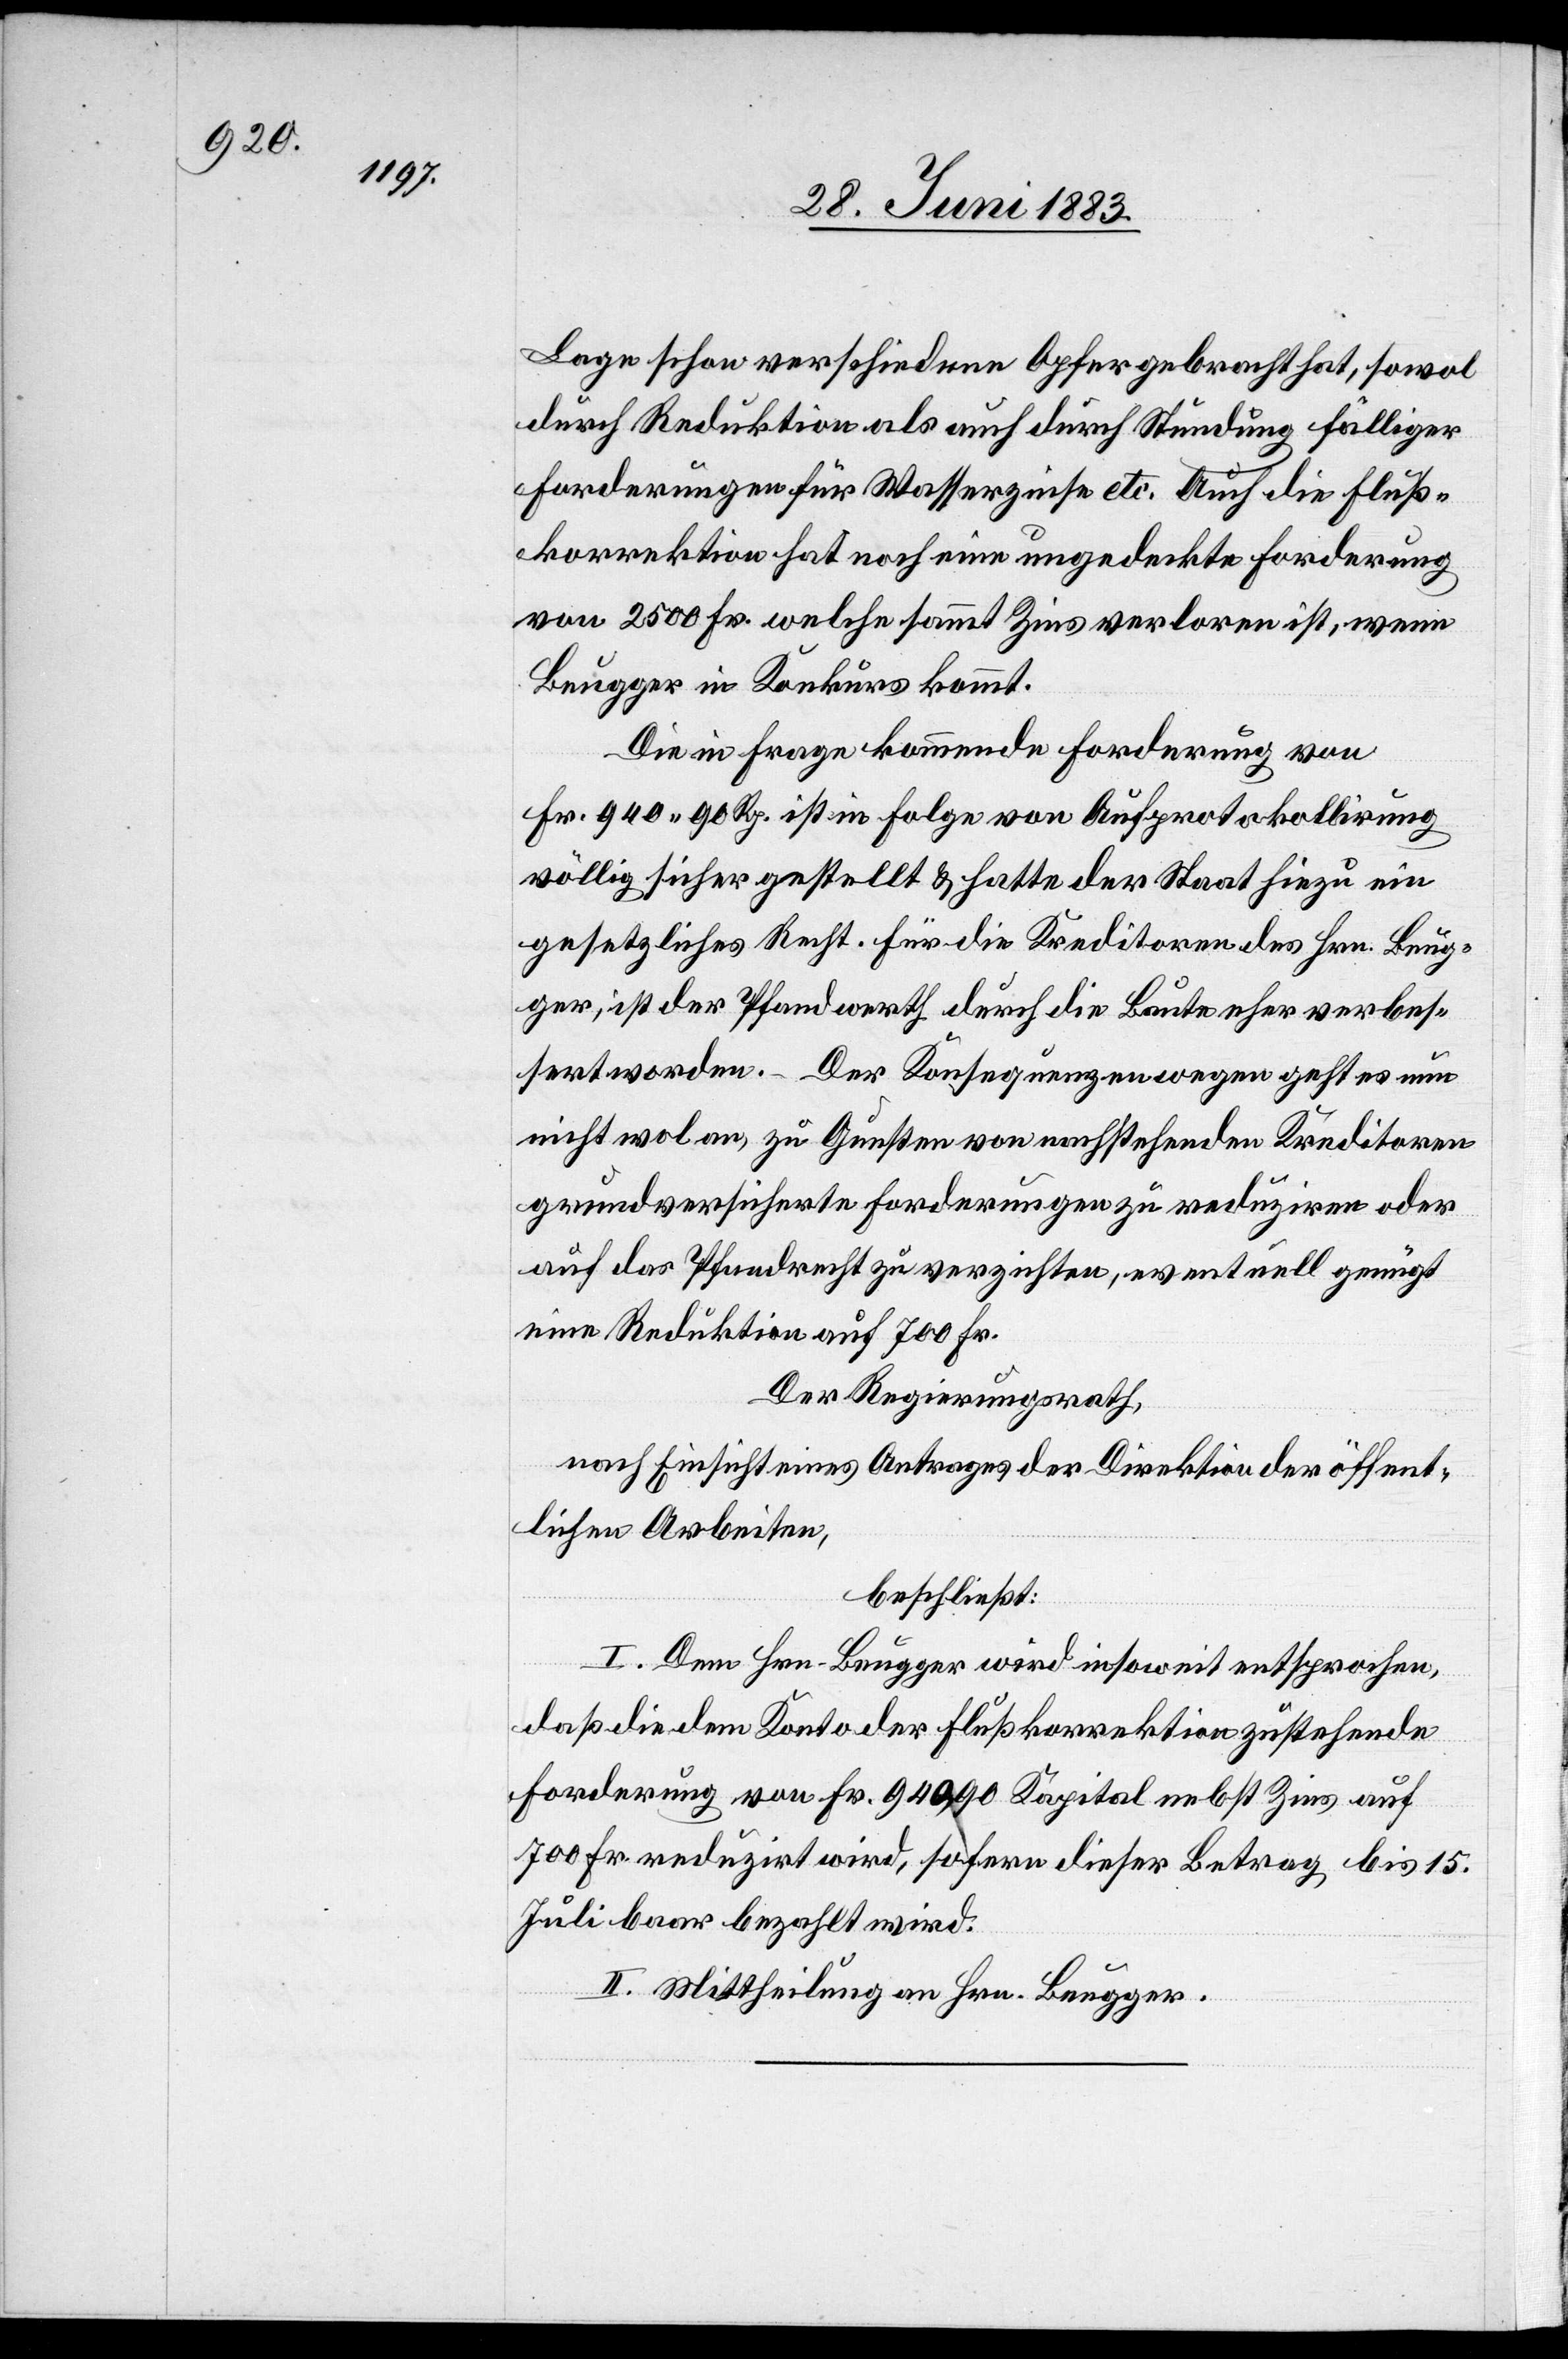
Lage schon verschiedene Opfer gebracht hat, sowol
durch Reduktion als auch durch Stundung fälliger
Forderungen für Wasserzinse etc. Auch die Fluß¬
korrektion hat noch eine ungedeckte Forderung
von 2500 Fr. welche sammt Zins verloren ist, wenn
Beugger in Konkurs kommt.
Die in Frage kommende Forderung von
Fr. 940 90 Rp. ist in Folge von Aufprotokollirung
völlig sicher gestellt & hatte der Staat hiezu ein
gesetzliches Recht. Für die Kreditoren des Hrn. Beug¬
ger, ist der Pfandwerth durch die Baute eher verbes¬
sert worden. Der Konsequenzen wegen geht es nun
nicht wol an, zu Gunsten von nachstehenden Kreditoren
grundversicherte Forderungen zu reduziren oder
auf das Pfandrecht zu verzichten, eventuell genügt
eine Reduktion auf 700 Fr.
Der Regierungsrath,
nach Einsicht eines Antrages der Direktion der öffent¬
lichen Arbeiten,
beschließt:
I. Dem Hrn. Beugger wird insoweit entsprochen,
daß die dem Konto der Flußkorrektion zustehende
Forderung von Fr. 940,90 Kapital nebst Zins auf
700 Fr. reduzirt wird, sofern dieser Betrag bis 15.
Juli baar bezahlt wird.
II. Mittheilung an Hrn. Beugger.